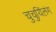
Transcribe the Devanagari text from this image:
चुचुयिंलंग